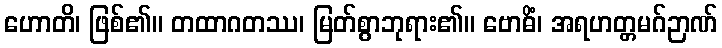
ဟောတိ၊ ဖြစ်၏။ တထာဂတဿ၊ မြတ်စွာဘုရား၏။ ဗောဓိံ၊ အရဟတ္တမဂ်ဉာဏ်